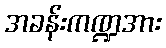
အခန်းကဏ္ဍအား